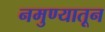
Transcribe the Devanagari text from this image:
नमुण्यातून